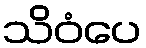
သိဝံပေ